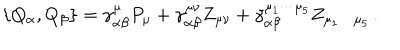
\left\{ Q _ { \alpha } , Q _ { \beta } \right\} = \gamma _ { \alpha \beta } ^ { \mu } P _ { \mu } + \gamma _ { \alpha \beta } ^ { \mu \nu } Z _ { \mu \nu } + \gamma _ { \alpha \beta } ^ { \mu _ { 1 } \cdots \mu _ { 5 } } Z _ { \mu _ { 1 } \cdots \mu _ { 5 } } \, .